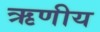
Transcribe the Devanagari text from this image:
ऋणीय